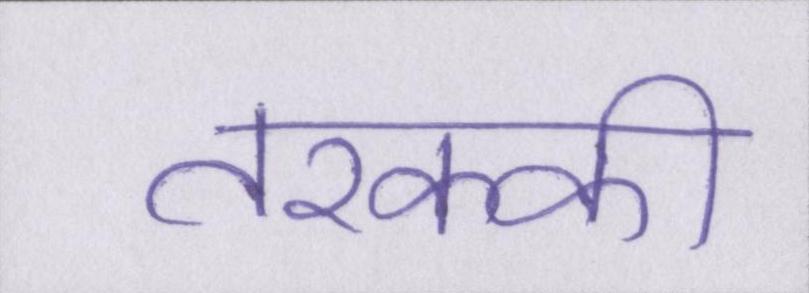
तरक्की